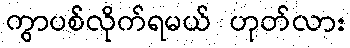
ကွာပစ်လိုက်ရမယ် ဟုတ်လား